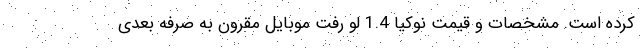
کرده است. مشخصات و قیمت نوکیا 1.4 لو رفت موبایل مقرون به صرفه بعدی